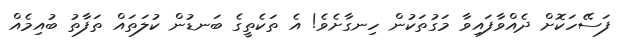
ފަސޭހަކޮށް ދެއްވާފައިވާ މަގުތަކުން ހިނގާށެވެ! އެ ތަކެތީގެ ބަނޑުން ކުލަތައް ތަފާތު ބުއިމެއް